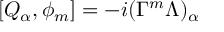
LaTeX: [ Q _ { \alpha } , \phi _ { m } ] = - i ( \Gamma ^ { m } \Lambda ) _ { \alpha }